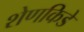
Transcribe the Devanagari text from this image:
शेणकिडे